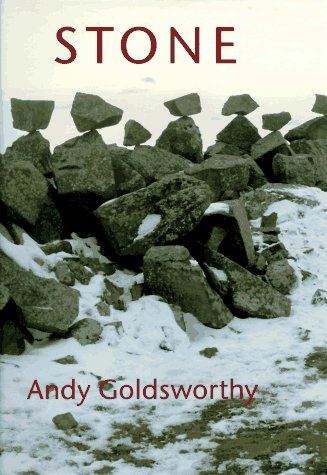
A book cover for Stone; Andy Goldsworthy; Arts & Photography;